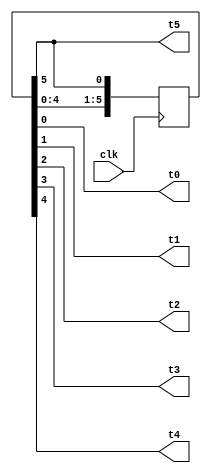
`timescale 1ns / 1ps
//////////////////////////////////////////////////////////////////////////////////
// Company: 
// Engineer: 
// 
// Design Name: 
// Module Name: beat
// Project Name: 
// Target Devices: 
// Tool Versions: 
// Description: 
// 
// Dependencies: 
// 
// Revision:
// Revision 0.01 - File Created
// Additional Comments:
// 
//////////////////////////////////////////////////////////////////////////////////

/*
module beat(
    input clk,      //clk _125Mhz  FPGA 
    output reg t0,output reg t1,output reg t2, output reg t3,output reg t4,output reg t5 );  
reg [2:0]a=0;
initial t5 = 0;
always@(posedge  clk)
begin
    a=a+1;
    if(a>5) begin
      a=0;
    end
    begin
        case(a)
            3'b000:begin   t5 <=~t5;   t0 <= 1;
                   end
            3'b001:begin   t0 <=~t0;   t1 <= 1;
                   end                 
            3'b010:begin   t1 <=~t1;    t2 <= 1;
                   end    
            3'b011:begin   t2 <=~t2;    t3 <= 1;
                   end    
            3'b100:begin   t3 <=~t3;    t4 <= 1;
                   end    
            3'b101:begin   t4 <=~t4;    t5 <= ~t5;
                   end                                                               
        endcase
    end
end
endmodule

*/
module beat(
    input clk,      //clk _125Mhz  FPGA 
    output  t0,
    output  t1,
    output  t2,
    output  t3,
    output  t4,
    output  t5 );

reg [5:0] shift_reg;
initial begin
   shift_reg = 6'b100000;
end

always @(posedge clk ) begin
    shift_reg <= {shift_reg[4:0], shift_reg[5]};
end

assign {t5,t4,t3,t2,t1,t0}=shift_reg;

endmodule